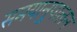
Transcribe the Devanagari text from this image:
समयानुपालन